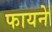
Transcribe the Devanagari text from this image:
फायने